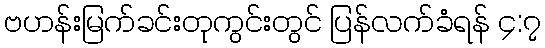
ဗဟန်းမြက်ခင်းတုကွင်းတွင် ပြန်လက်ခံရန် ၄:၇